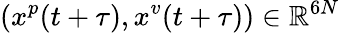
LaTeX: (x^{p}(t+\tau),x^{v}(t+\tau))\in\mathbb{R}^{6N}